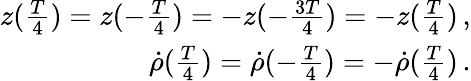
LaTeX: \begin{array}{r}{z(\frac{T}{4})=z(-\frac{T}{4})=-z(-\frac{3T}{4})=-z(\frac{T}{4})\, ,}\\ {\dot{\rho}(\frac{T}{4})=\dot{\rho}(-\frac{T}{4})=-\dot{\rho}(\frac{T}{4})\, .}\end{array}